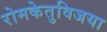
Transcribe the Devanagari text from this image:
रोमकेतुविजया